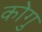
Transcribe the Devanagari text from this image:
कोगु